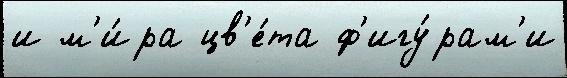
и м'и́ра цв'е́та ф'игу́рам'и